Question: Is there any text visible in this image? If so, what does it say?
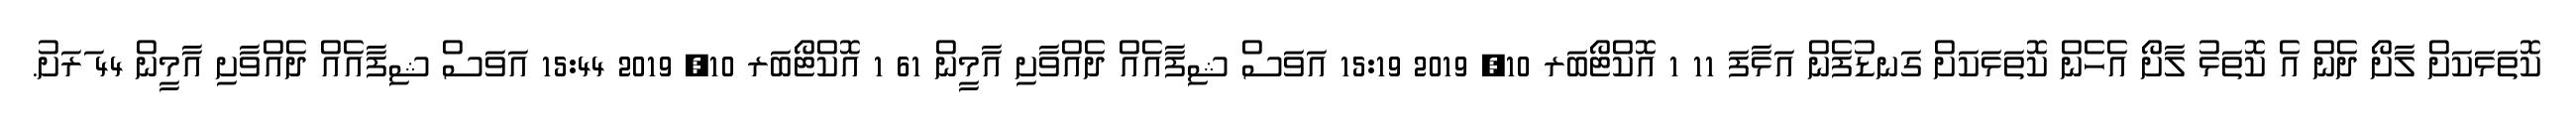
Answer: ކޮތަޅަކަށް ލާށޯ ދެން އެ ކޮތަޅު ލާށޯ އެހެން ކޮތަޅަކަށް ގަނޑުފެން އަޅާފަ 11 1 އޮކްޓޯބަރ 10, 2019 15:19 އަވަސް ޝިފާއެއް ދެއްވާށި އާމީން 61 1 އޮކްޓޯބަރ 10, 2019 15:44 އަވަސް ޝިފާއެއް ދެއްވާށި އާމީން 44 ަރަށު.